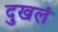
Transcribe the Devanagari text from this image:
दुखलं